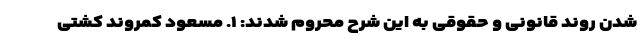
شدن روند قانونی و حقوقی به این شرح محروم شدند: ۱. مسعود کمروند کشتی